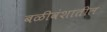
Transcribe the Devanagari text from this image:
बळीवंशातील